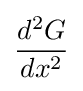
{d^{2}G \over dx^{2}}